Scottish Leaving Certificate Examination, 1960
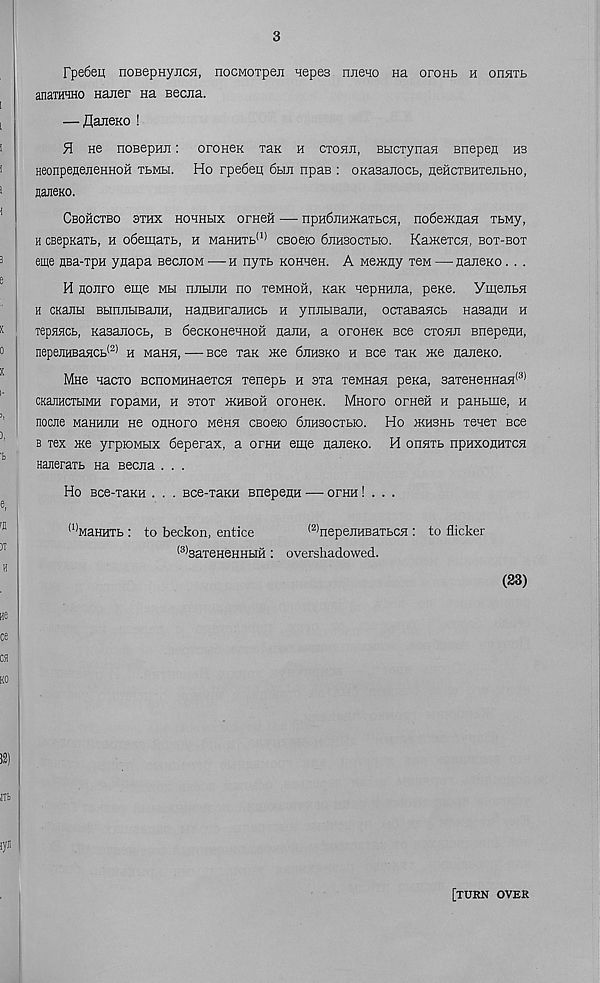
3
FpeSeu; noBepHyjicsi, nocMoipeji nepes rmeqo Ha oronb h odhtb
anaraHHo Hauer na Becna.
— flaneKo !
H He noBepHJi: oroneK ran h ctohji, BHCTynaa enepen hb
HeonpenejieHHOH tbmbi. Ho rpe6en 6bm npae : oKasanocb, aeHCTBHTejibHO,
najieKo.
CbOHCTBO 3THX HOHHHX OTHeH
npH6jIHH<aTbCH, no6eiKJliaH TbMy,
h cBepKaib, h oSemaTb, h MaHHTb (1) cBoeio 6jiH3ocxbio. Ka>KexcH, box-box
eme sBa-xpH ynapa BeciioM — h nyxb kohh6h. A nemny xeM —■ naiteKo. . .
H HOJiro eme mh hjihhh no xeMHofi, khk nepHnna, pexe. YmejibH
h CKaHbi BHnjiHBajiH, HanBHrajiHCb h ynnbisajiH, ocxaBaacb nasanH h
Tepaacb, Kasanocb, b 6ecKOHeHHOH nanH, a oroneK Bee ctohji Bnepenn,
nepejiHBaHCb (2) h Mana, — see xan me 6jih3ko h see xax me flanem
Mne nacxo BcnoMHHaexca xenepb h sxa xeMHaa pexa, 3axeHeHHaa <3)
CKajIHCXbIMH ropaMH, H 3T0X mHBOH oroneK. Mhofo OFHeH H paHbme, H
noaie MaHHnH He ojiHoro Mena CBoeio 6aH30cxbio. Ho mnsHb xeaex see
b xex me yrpioMbix 6eperax, a ofhh eme naaeKO. H onaxb npnxoHHXca
Haneraxb aa secaa . . .
Ho Bce-xaKH . . . Bce-xaKH Bnepejm — ornu! . . .
(1) MaHHXb : to beckon, entice
(2) nepeaHBaxbca : to flicker
(s, 3axeHeHHbiH: overshadowed.
(23)
[turn over